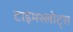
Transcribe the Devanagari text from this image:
टाइमस्लोट्स